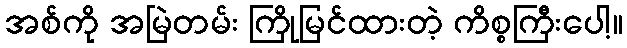
အစ်ကို အမြဲတမ်း ကြိုမြင်ထားတဲ့ ကိစ္စကြီးပေါ့။